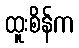
ထူးစိန်က